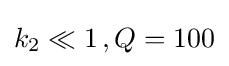
k_{2}\ll 1\,,Q=100